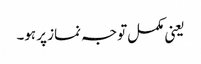
یعنی مکمل توجہ نماز پر ہو۔